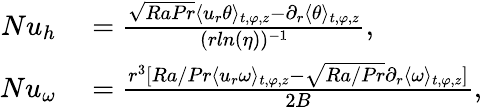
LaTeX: \begin{array}{rl}{Nu_{h}}&{{}=\frac{\sqrt{RaPr}\langle u_{r}\theta\rangle_{t,\varphi,z}-\partial_{r}\langle\theta\rangle_{t,\varphi,z}}{(rln(\eta))^{-1}},}\\ {Nu_{\omega}}&{{}=\frac{r^{3}[Ra/Pr\langle u_{r}\omega\rangle_{t,\varphi,z}-\sqrt{Ra/Pr}\partial_{r}\langle\omega\rangle_{t,\varphi,z}]}{2B},}\end{array}